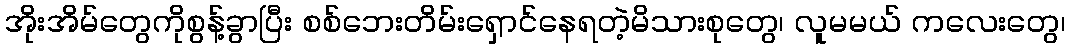
အိုးအိမ်တွေကိုစွန့်ခွာပြီး စစ်ဘေးတိမ်းရှောင်နေရတဲ့မိသားစုတွေ၊ လူမမယ် ကလေးတွေ၊